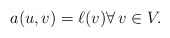
\begin{align*} a(u,v)=\ell(v) \forall\, v\in V.\end{align*}